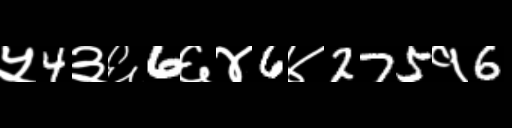
Text: ५4३६6६४6४275१6